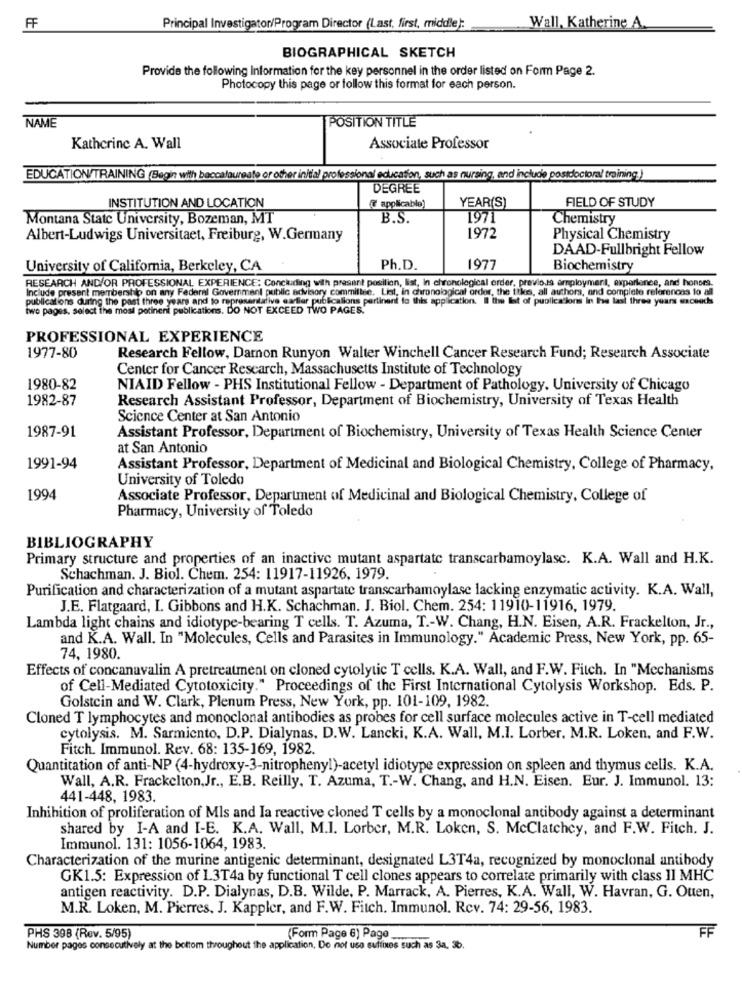
FF
Principal Investigator/Program Director (Last, first, middle):
Wall, Katherine A.
BIOGRAPHICAL SKETCH
Provide the following Information for the key personnel in the order listed on Form Page 2.
Photocopy this page or follow this format for each person.
NAME
POSITION TITLE
Katherine A. Wall
Associate Professor
EDUCATION/TRAINING (Begin with baccalaureate or other initial professional education, such as nursing, and include postdoctoral training)
DEGREE
YEAR(S)
FIELD OF STUDY
INSTITUTION AND LOCATION
applicable)
Montana State University, Bozeman, MT
B.S.
1971
Chemistry
Albert-Ludwigs Universitaet, Freiburg, W.Germany
1972
Physical Chemistry
DAAD-Fullbright Fellow
University of California, Berkeley, CA
Ph.D.
1977
Biochemistry
RESEARCH AND/OR PROFESSIONAL EXPERIENCE: Concluding with present posilion, list, In chronological order, previous employment, experience, and honors.
Include present membershlo on any Federal Government public advisory committee. List, in chronological order, the tiles, all authors, and complete referenons to all
publications during the past three years and to representative earlier publicalions pertinent to this application. Il ite Ist of publications In the last three years exceeds
two pages, select the most petinent publications. DO NOT EXCEED TWO PAGES."
PROFESSIONAL EXPERIENCE
1977-80
Research Fellow, Damon Runyon Walter Winchell Cancer Research Fund; Research Associate
Center for Cancer Research, Massachusetts Institute of Technology
1980-82
NIAID Fellow - PHS Institutional Fellow - Department of Pathology, University of Chicago
1982-87
Research Assistant Professor, Department of Biochemistry, University of Texas Health
Science Center at San Antonio
1987-91
Assistant Professor, Department of Biochemistry, University of Texas Health Science Center
at San Antonio
1991-94
Assistant Professor, Department of Medicinal and Biological Chemistry, College of Pharmacy,
University of Toledo
1994
Associate Professor, Department of Medicinal and Biological Chemistry, College of
Pharmacy, University of Toledo
BIBLIOGRAPHY
Primary structure and properties of an inactive mutant aspartate transcarbamoylasc. K.A. Wall and H.K.
Schachman. J. Biol. Chem. 254: 11917-11926, 1979.
Purification and characterization of a mutant aspartate transcarhamoylase lacking enzymatic activity. K.A. Wall,
J.E. Flatgaard, I. Gibbons and H.K. Schachman. J. Biol. Chem. 254: 11910-11916, 1979.
Lambda light chains and idiotype-bearing T cells. T. Azuma, T .- W. Chang, H.N. Eisen, A.R. Frackelton, Jr .,
and K.A. Wall. In "Molecules, Cells and Parasites in Immunology." Academic Press, New York, pp. 65-
74, 1980.
Effects of concanavalin A pretreatment on cloned cytolytic T cells. K.A. Wall, and F.W. Fitch. In "Mechanisms
of Cell-Mediated Cytotoxicity." Proceedings of the First International Cytolysis Workshop. Eds. P.
Golstein and W. Clark, Plenum Press, New York, pp. 101-109, 1982.
Cloned T lymphocytes and monoclonal antibodies as probes for cell surface molecules active in T-cell mediated
cytolysis. M. Sarmiento, D.P. Dialynas, D.W. Lancki, K.A. Wall, M.I. Lorber, M.R. Loken, and F.W.
Fitch. Immunol. Rev. 68: 135-169, 1982.
Quantitation of anti-NP (4-hydroxy-3-nitrophenyl)-acetyl idiotype expression on spleen and thymus cells. K.A.
Wall, A.R. Frackelton,Jr ., E.B. Reilly, T. Azuma, T .- W. Chang, and H.N. Eisen. Eur. J. Immunol. 13:
441-448, 1983.
Inhibition of proliferation of Mls and Ia reactive cloned T cells by a monoclonal antibody against a determinant
shared by I-A and I-E. K.A. Wall, M.I. Lorber, M.R. Loken, S. McClatchcy, and F.W. Fitch. J.
Immunol. 131: 1056-1064, 1983.
Characterization of the murine antigenic determinant, designated L3T4a, recognized by monoclonal antibody
GK1.5: Expression of 13T4a by functional T cell clones appears to correlate primarily with class 11 MHC
antigen reactivity. D.P. Dialynas, D.B. Wilde, P. Marrack, A. Pierres, K.A. Wall, W. Havran, G. Ouen,
M.R. Loken, M. Pierres, J. Kappler, and F.W. Fitch. Immunol. Rev. 74: 29-56, 1983.
PHS 398 (Rev. 5/95)
(Form Page 6) Page
FF
Number pages consecutively at the bottom throughout the application, Do not use suffixes such as 3a, 3b.